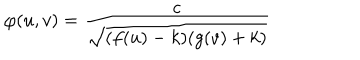
\varphi ( u , v ) = \frac { c } { \sqrt { ( f ( u ) - k ) ( g ( v ) + k ) } }